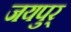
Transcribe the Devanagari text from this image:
जयपुर्